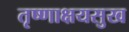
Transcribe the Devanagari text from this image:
तृष्णाक्षयसुख